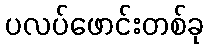
ပလပ်ဖောင်းတစ်ခု